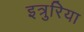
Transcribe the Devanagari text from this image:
इत्रुरिया